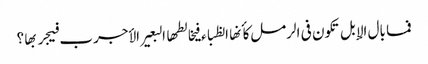
فما بال الإبل تکون فی الرمل کأنها الظباء فیخالطها البعیر الأجرب فیجربها ؟